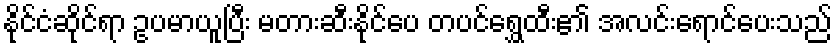
နိုင်ငံဆိုင်ရာ ဥပမာယူပြီး မတားဆီးနိုင်ပေ တပင်ရွှေထီး၏ အလင်းရောင်ပေးသည်